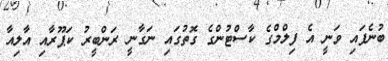
ބުނެފައި ވަނީ އެ ފިލްމްގެ ކާސްޓުންގެ ގޮތުގައި ނަގާނީ ރަންބީރު ކަޕޫރާއި އާލިއާ